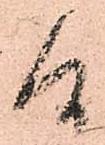
候